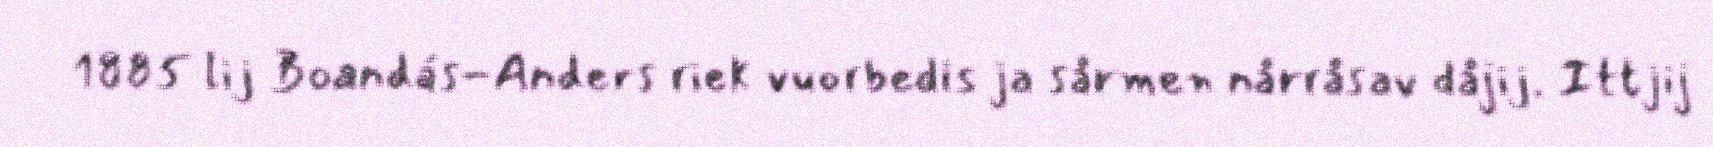
1885 lij Boandás-Anders riek vuorbedis ja sårmen nårråsav dåjij. Ittjij